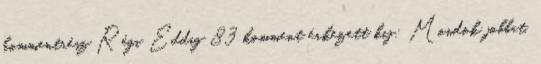
kommentrész Régi Eddig 83 komment érkezett kij: Mondok jobbat.